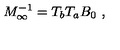
M _ { \infty } ^ { - 1 } = T _ { b } T _ { a } B _ { 0 } \ ,